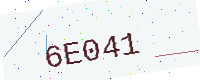
Text: 6E041